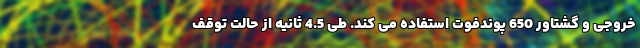
خروجی و گشتاور 650 پوندفوت استفاده می کند. طی 4.5 ثانیه از حالت توقف